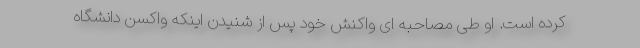
کرده است. او طی مصاحبه ای واکنش خود پس از شنیدن اینکه واکسن دانشگاه